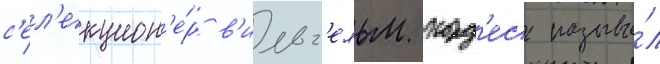
с'ел'екцион'е́р в'ильг'ельм корд'ес называ́л